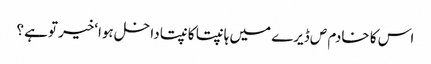
اس کا خادم ص ڈیرے میں ہانپتا کانپتا داخل ہوا‘خیر توہے ؟